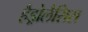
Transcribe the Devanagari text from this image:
हैड्रोलैसिस